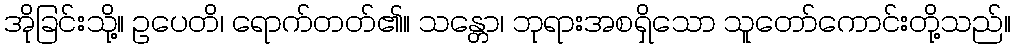
အိုခြင်းသို့။ ဥပေတိ၊ ရောက်တတ်၏။ သန္တော၊ ဘုရားအစရှိသော သူတော်ကောင်းတို့သည်။